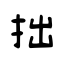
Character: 拙